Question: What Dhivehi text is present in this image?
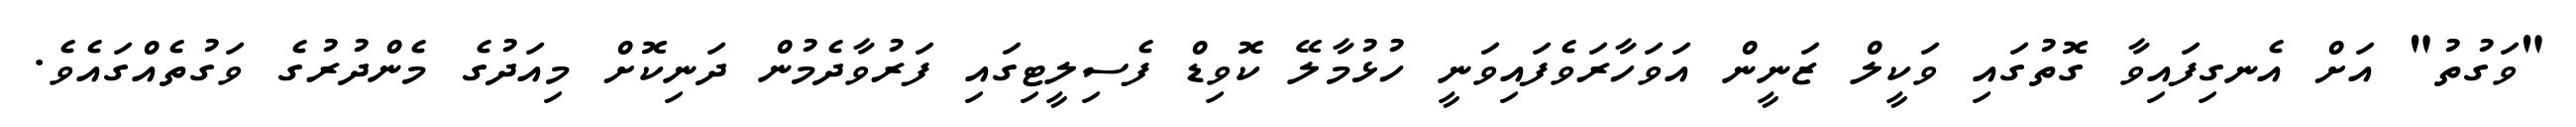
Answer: "ވަގުތު" އަށް އެނގިފައިވާ ގޮތުގައި ވަކީލް ޒަނީން އަވަހާރަވެފައިވަނީ ހުޅުމާލޭ ކޮވިޑް ފެސިލީޓިގައި ފަރުވާދެމުން ދަނިކޮށް މިއަދުގެ މެންދުރުގެ ވަގުތެއްގައެވެ.